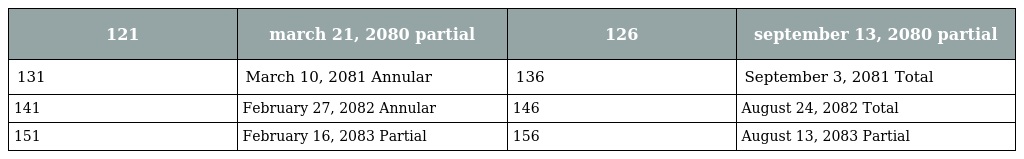
| 121 | march 21, 2080 partial | 126 | september 13, 2080 partial |
 | --- | --- | --- | --- |
 | 131 | March 10, 2081 Annular | 136 | September 3, 2081 Total |
 | 141 | February 27, 2082 Annular | 146 | August 24, 2082 Total |
 | 151 | February 16, 2083 Partial | 156 | August 13, 2083 Partial |